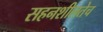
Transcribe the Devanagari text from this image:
सहनशीलतेच